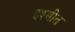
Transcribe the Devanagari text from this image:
इश्मीत